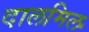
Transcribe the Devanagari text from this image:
दालमिल